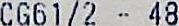
CG61/2 - 48